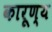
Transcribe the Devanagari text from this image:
कारूण्य